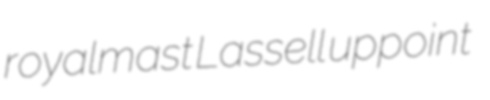
royalmast Lassell uppoint